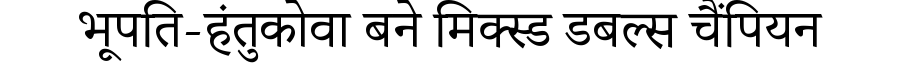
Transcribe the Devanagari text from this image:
भूपति-हंतुकोवा बने मिक्स्ड डबल्स चैंपियन